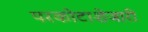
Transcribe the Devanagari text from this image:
परकोटाशेजारी